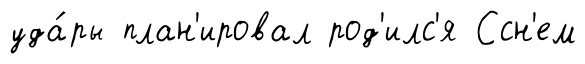
уда́ры план'ировал род'илс'я Ссн'ем